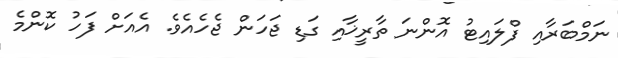
ނަމްބަރާއި ފްލައިޓު އޮންނަ ތާރީޚާއި ގަޑި ޖަހަން ޖެހެއެވެ. އެއަށް ފަހު ކޮންމެ